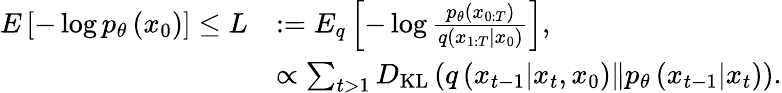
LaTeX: \begin{array}{rl}{E\left[-\log p_{\theta}\left(x_{0}\right)\right]\leq L}&{:=E_{q}\left[-\log\frac{p_{\theta}\left(x_{0:T}\right)}{q\left(x_{1:T}|x_{0}\right)}\right],}\\ &{\propto\sum_{t>1}D_{\mathrm{KL}}\left(q\left(x_{t-1}|x_{t},x_{0}\right)\| p_{\theta}\left(x_{t-1}|x_{t}\right)\right).}\end{array}